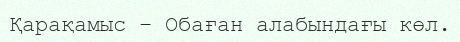
Қарақамыс – Обаған алабындағы көл.